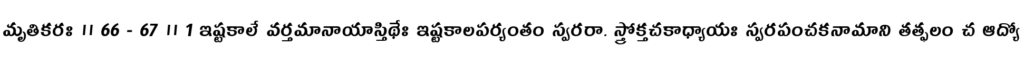
మృతికరః ।। 66 - 67 ।। 1 ఇష్టకాలే వర్తమానాయాస్తిథేః ఇష్టకాలపర్యంతం స్వరరా. స్త్రోక్తచకాధ్యాయః స్వరపంచకనామాని తత్ఫలం చ ఆద్యో